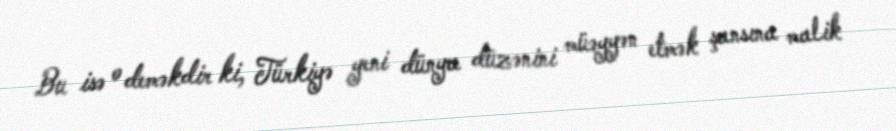
Bu isə o deməkdir ki, Türkiyə yeni dünya düzənini müəyyən etmək şansına malik